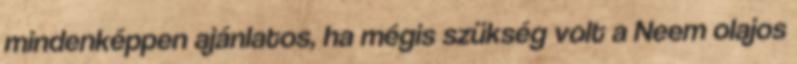
mindenképpen ajánlatos, ha mégis szükség volt a Neem olajos